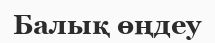
Балық өңдеу